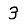
Digit: 3